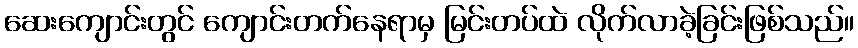
ဆေးကျောင်းတွင် ကျောင်းတက်နေရာမှ မြင်းတပ်ထဲ လိုက်လာခဲ့ခြင်းဖြစ်သည်။